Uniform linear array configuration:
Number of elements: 16
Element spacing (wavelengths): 0.75
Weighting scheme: hamming
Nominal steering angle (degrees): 45
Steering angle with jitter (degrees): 46.387
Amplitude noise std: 0.05
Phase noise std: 0.05

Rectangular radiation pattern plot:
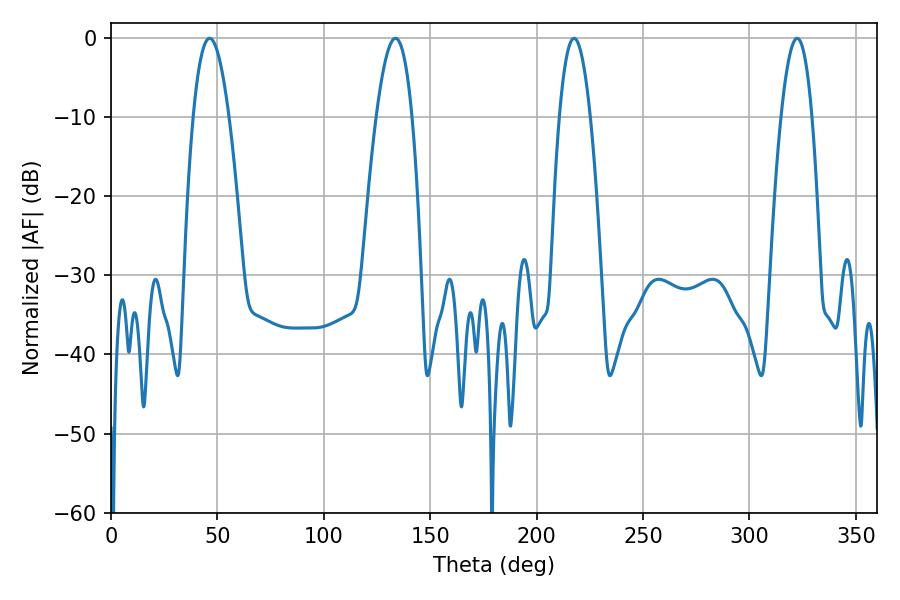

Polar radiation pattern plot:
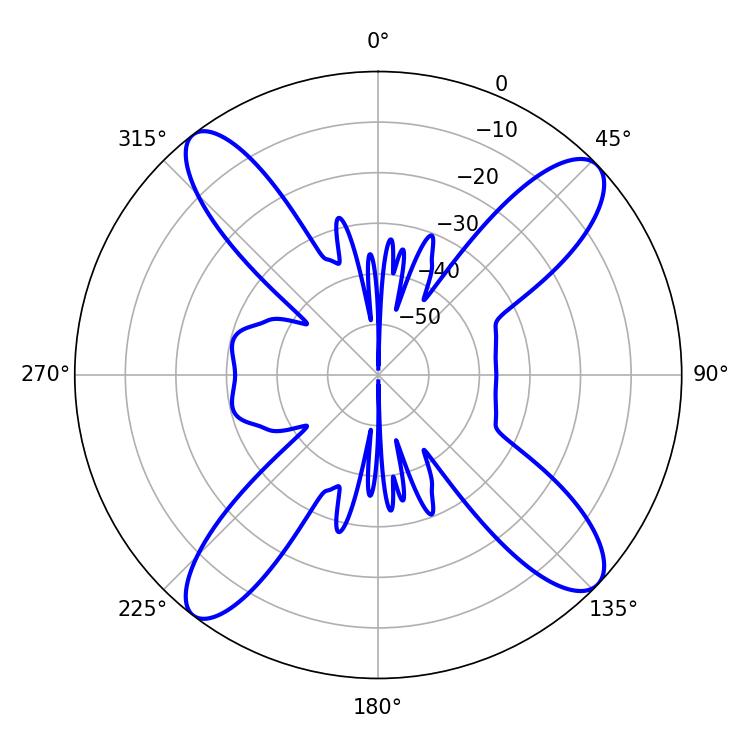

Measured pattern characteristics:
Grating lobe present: TRUE
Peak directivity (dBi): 14.69
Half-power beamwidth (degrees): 8.1
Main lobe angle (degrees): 217.62